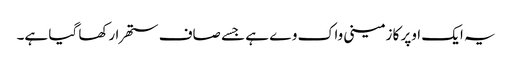
یہ ایک اوپر کا زمینی واک وے ہے جسے صاف ستھرا رکھا گیا ہے۔